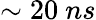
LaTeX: \sim 20~ns